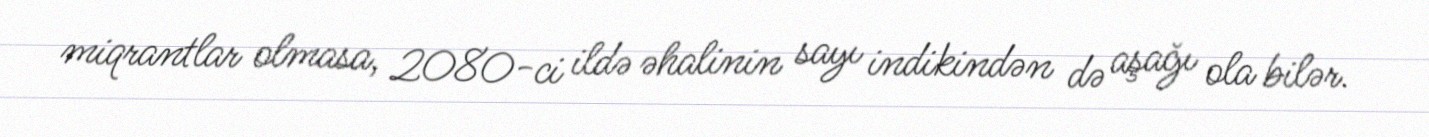
miqrantlar olmasa, 2080-ci ildə əhalinin sayı indikindən də aşağı ola bilər.